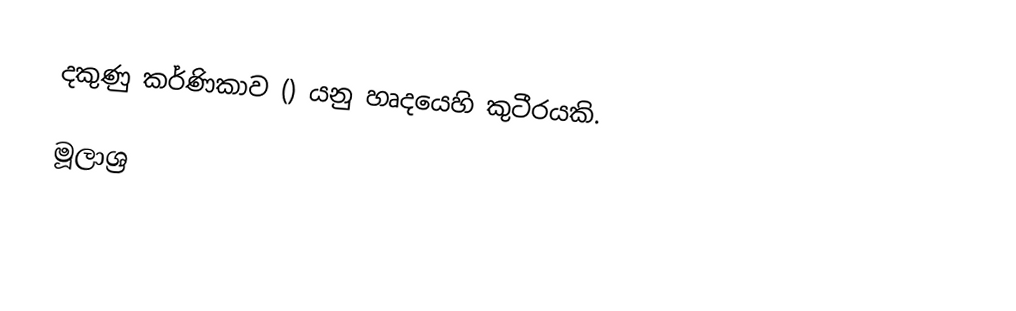
දකුණු කර්ණිකාව () යනු හෘදයෙහි කුටීරයකි.

මූලාශ්‍ර